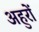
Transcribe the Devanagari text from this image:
अहुरों